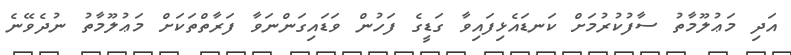
އަދި މަޢުލޫމާތު ސާފުކުރުމަށް ކަނޑައެޅިފައިވާ ގަޑީގެ ފަހުން ވަޑައިގަންނަވާ ފަރާތްތަކަށް މަޢުލޫމާތު ނުދެވޭނެ